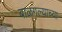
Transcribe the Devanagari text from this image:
बाळगल्याच्या